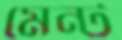
মেন্ট